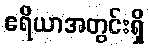
ဧရိယာအတွင်းရှိ